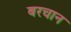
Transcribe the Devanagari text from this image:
बरचान